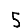
Digit: 5